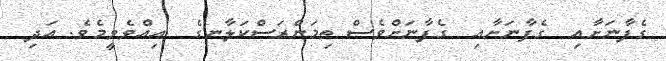
ގެފާނަށާއި  ގެފާނަށާއި  ގެފާނަށްވެސް ތިމަންރަސްކަލާނގެ  އިއްވެވީމެވެ. އަދި